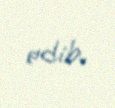
edib.